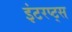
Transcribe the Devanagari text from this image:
इंटरप्ट्स